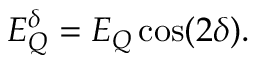
E _ { Q } ^ { \delta } = E _ { Q } \cos ( 2 \delta ) .